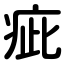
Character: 疵